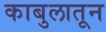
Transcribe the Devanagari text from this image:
काबुलातून